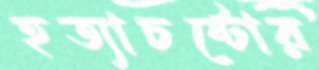
হত্যাচষ্টোর